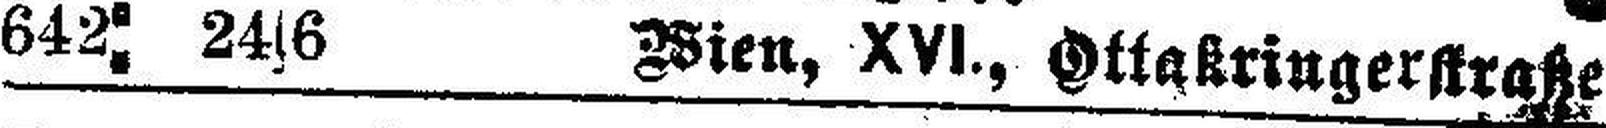
642: 24|6 Wien, XVI., Ottakringerstraße